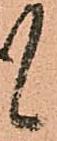
候